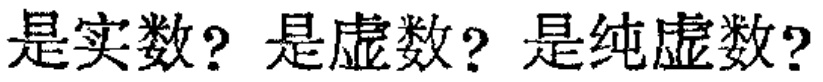
是实数? 是虚数? 是纯虚数?